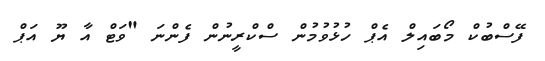
ފޭސްބުކް މޯބައިލް އެޕް ހުޅުވުމުން ސްކްރީނުން ފެންނަ "ވަޓް އާ ޔޫ އަޕް